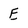
Character: E